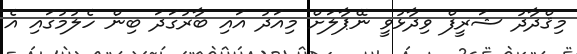
މިޤްދާދު ޝަރީފް ވިދާޅުވީ ނޭޕާލަށް މިއަދު އައި ބާރުގަދަ ބިން ހެލުމުގައި އެ